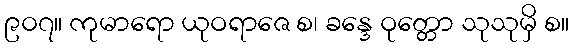
၉၀၇။ ကုမာရော ယုဝရာဇေ စ၊ ခန္ဒေ ဝုတ္တော သုသုမှိ စ။